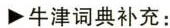
▶牛津词典补充: